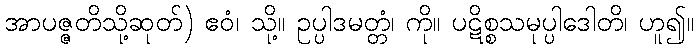
အာပဇ္ဇတိသို့ဆုတ်) ဧဝံ၊ သို့။ ဥပ္ပါဒမတ္တံ၊ ကို။ ပဋိစ္စသမုပ္ပါဒေါတိ၊ ဟူ၍။